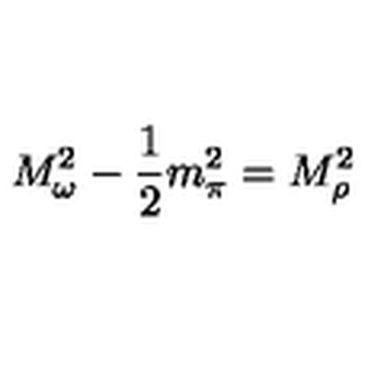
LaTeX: M _ { \omega } ^ { 2 } - \frac { 1 } { 2 } m _ { \pi } ^ { 2 } = M _ { \rho } ^ { 2 }